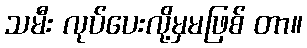
သမီး လုပ်ပေးလို့မှမဖြစ် တာ။